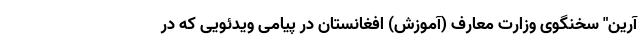
آرین" سخنگوی وزارت معارف (آموزش) افغانستان در پیامی ویدئویی که در